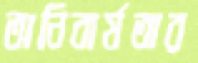
অনিবার্যতার